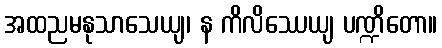
အထညမနုသာသေယျ၊ န ကိလိဿေယျ ပဏ္ဍိတော။